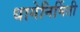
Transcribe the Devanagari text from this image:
धागेनिर्मिती